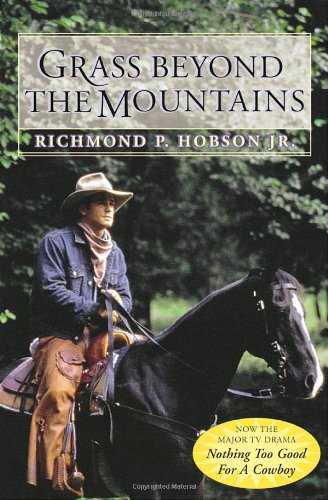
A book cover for Grass Beyond the Mountains: Discovering the Last Great Cattle Frontier on the North American Continent (Canadian Nature Classics); Richmond P. Hobson; Biographies & Memoirs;